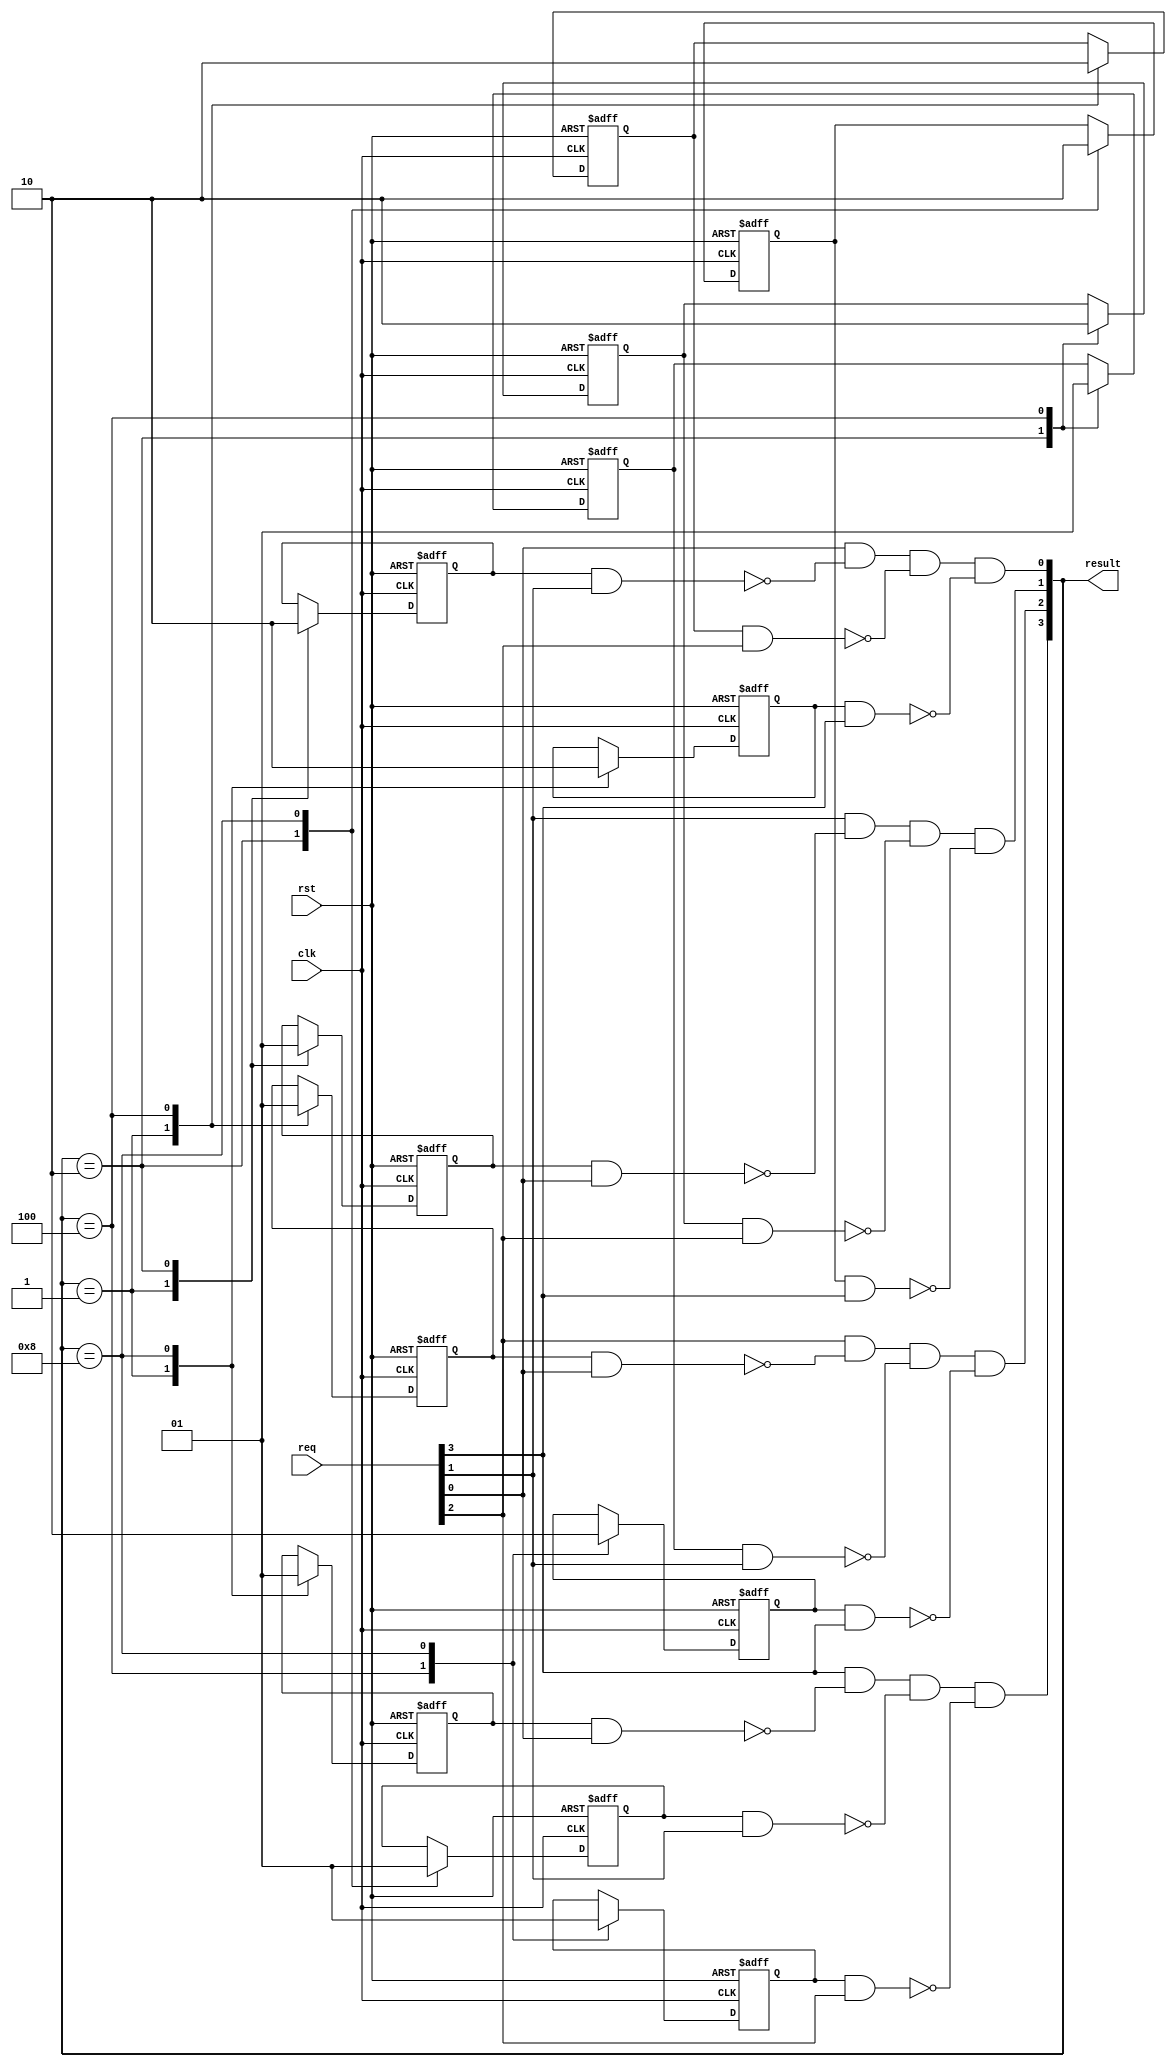
module  arbiter4( clk, rst,req, result);
  input clk,rst;
  input[3:0] req;
  output[3:0] result;
  reg[3:0] result;
  reg req1_reg2,req1_reg3,req1_reg4;
  reg req2_reg1,req2_reg3,req2_reg4;
  reg req3_reg1,req3_reg2,req3_reg4;
  reg req4_reg1,req4_reg2,req4_reg3;
  
  
  always @ (posedge clk or negedge rst)
   begin
   if (!rst) 
    begin
     req1_reg2 <=1'b0; req1_reg3 <=1'b0; req1_reg4 <=1'b0;
     req2_reg1 <=1'b1;  req2_reg3 <=1'b0; req2_reg4 <=1'b0;
     req3_reg1 <=1'b1; req3_reg2 <=1'b1;  req3_reg4 <=1'b0;
     req4_reg1 <=1'b1; req4_reg2 <=1'b1;  req4_reg3 <=1'b1; 
    end
   else begin 
    case (result)
     4'b0001: begin
               req1_reg2 <=1'b1; req1_reg3 <=1'b1; req1_reg4 <=1'b1;
               req2_reg1 <=1'b0; //req2_reg2 <=1'b0; req2_reg3 <=1'b0; req2_reg4 <=1'b0;
               req3_reg1 <=1'b0; //req3_reg2 <=1'b1; req3_reg3 <=1'b0; req3_reg4 <=1'b0;
               req4_reg1 <=1'b0; //req4_reg2 <=1'b1; req4_reg3 <=1'b1; req4_reg4 <=1'b0; 
              end
    4'b0010:  begin
               /*req1_reg1 <=1'b0;*/ req1_reg2 <=1'b0; //req1_reg3 <=1'b1; req1_reg4 <=1'b1;
                 req2_reg1 <=1'b1;  req2_reg3 <=1'b1; req2_reg4 <=1'b1;
               /*req3_reg1 <=1'b0;*/ req3_reg2 <=1'b0; //req3_reg3 <=1'b0; req3_reg4 <=1'b0;
               /*req4_reg1 <=1'b0;*/ req4_reg2 <=1'b0; //req4_reg3 <=1'b1; req4_reg4 <=1'b0; 
              end                                      //
    4'b0100:  begin
              /*req1_reg1 <=1'b0; req1_reg2 <=1'b1;*/ req1_reg3 <=1'b0; //req1_reg4 <=1'b1;
              /*req2_reg1 <=1'b0; req2_reg2 <=1'b0;*/ req2_reg3 <=1'b0; //req2_reg4 <=1'b0;
                req3_reg1 <=1'b1; req3_reg2 <=1'b1;    req3_reg4 <=1'b1;
              /*req4_reg1 <=1'b0; req4_reg2 <=1'b1;*/ req4_reg3 <=1'b0; //req4_reg4 <=1'b0; 
              end
    4'b1000:  begin
              /*req1_reg1 <=1'b0; req1_reg2 <=1'b1; req1_reg3 <=1'b1;*/ req1_reg4 <=1'b0;
              /*req2_reg1 <=1'b0; req2_reg2 <=1'b0; req2_reg3 <=1'b0;*/ req2_reg4 <=1'b0;
              /*req3_reg1 <=1'b0; req3_reg2 <=1'b1; req3_reg3 <=1'b0;*/ req3_reg4 <=1'b0;
                req4_reg1 <=1'b1; req4_reg2 <=1'b1; req4_reg3 <=1'b1; 
              end
   endcase
   end
   end
   
 always @ *
  begin
    result[0]= req[0] & (~(req1_reg2&req[1]))&(~(req1_reg3&req[2]))&(~(req1_reg4&req[3]));
    result[1]= req[1] & (~(req2_reg1&req[0]))&(~(req2_reg3&req[2]))&(~(req2_reg4&req[3]));
    result[2]= req[2] & (~(req3_reg1&req[0]))&(~(req3_reg2&req[1]))&(~(req3_reg4&req[3]));
    result[3]= req[3] & (~(req4_reg1&req[0]))&(~(req4_reg2&req[1]))&(~(req4_reg3&req[2]));
  end
 endmodule